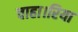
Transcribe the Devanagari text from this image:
चाहा।रिया